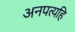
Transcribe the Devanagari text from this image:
अनपत्यहि